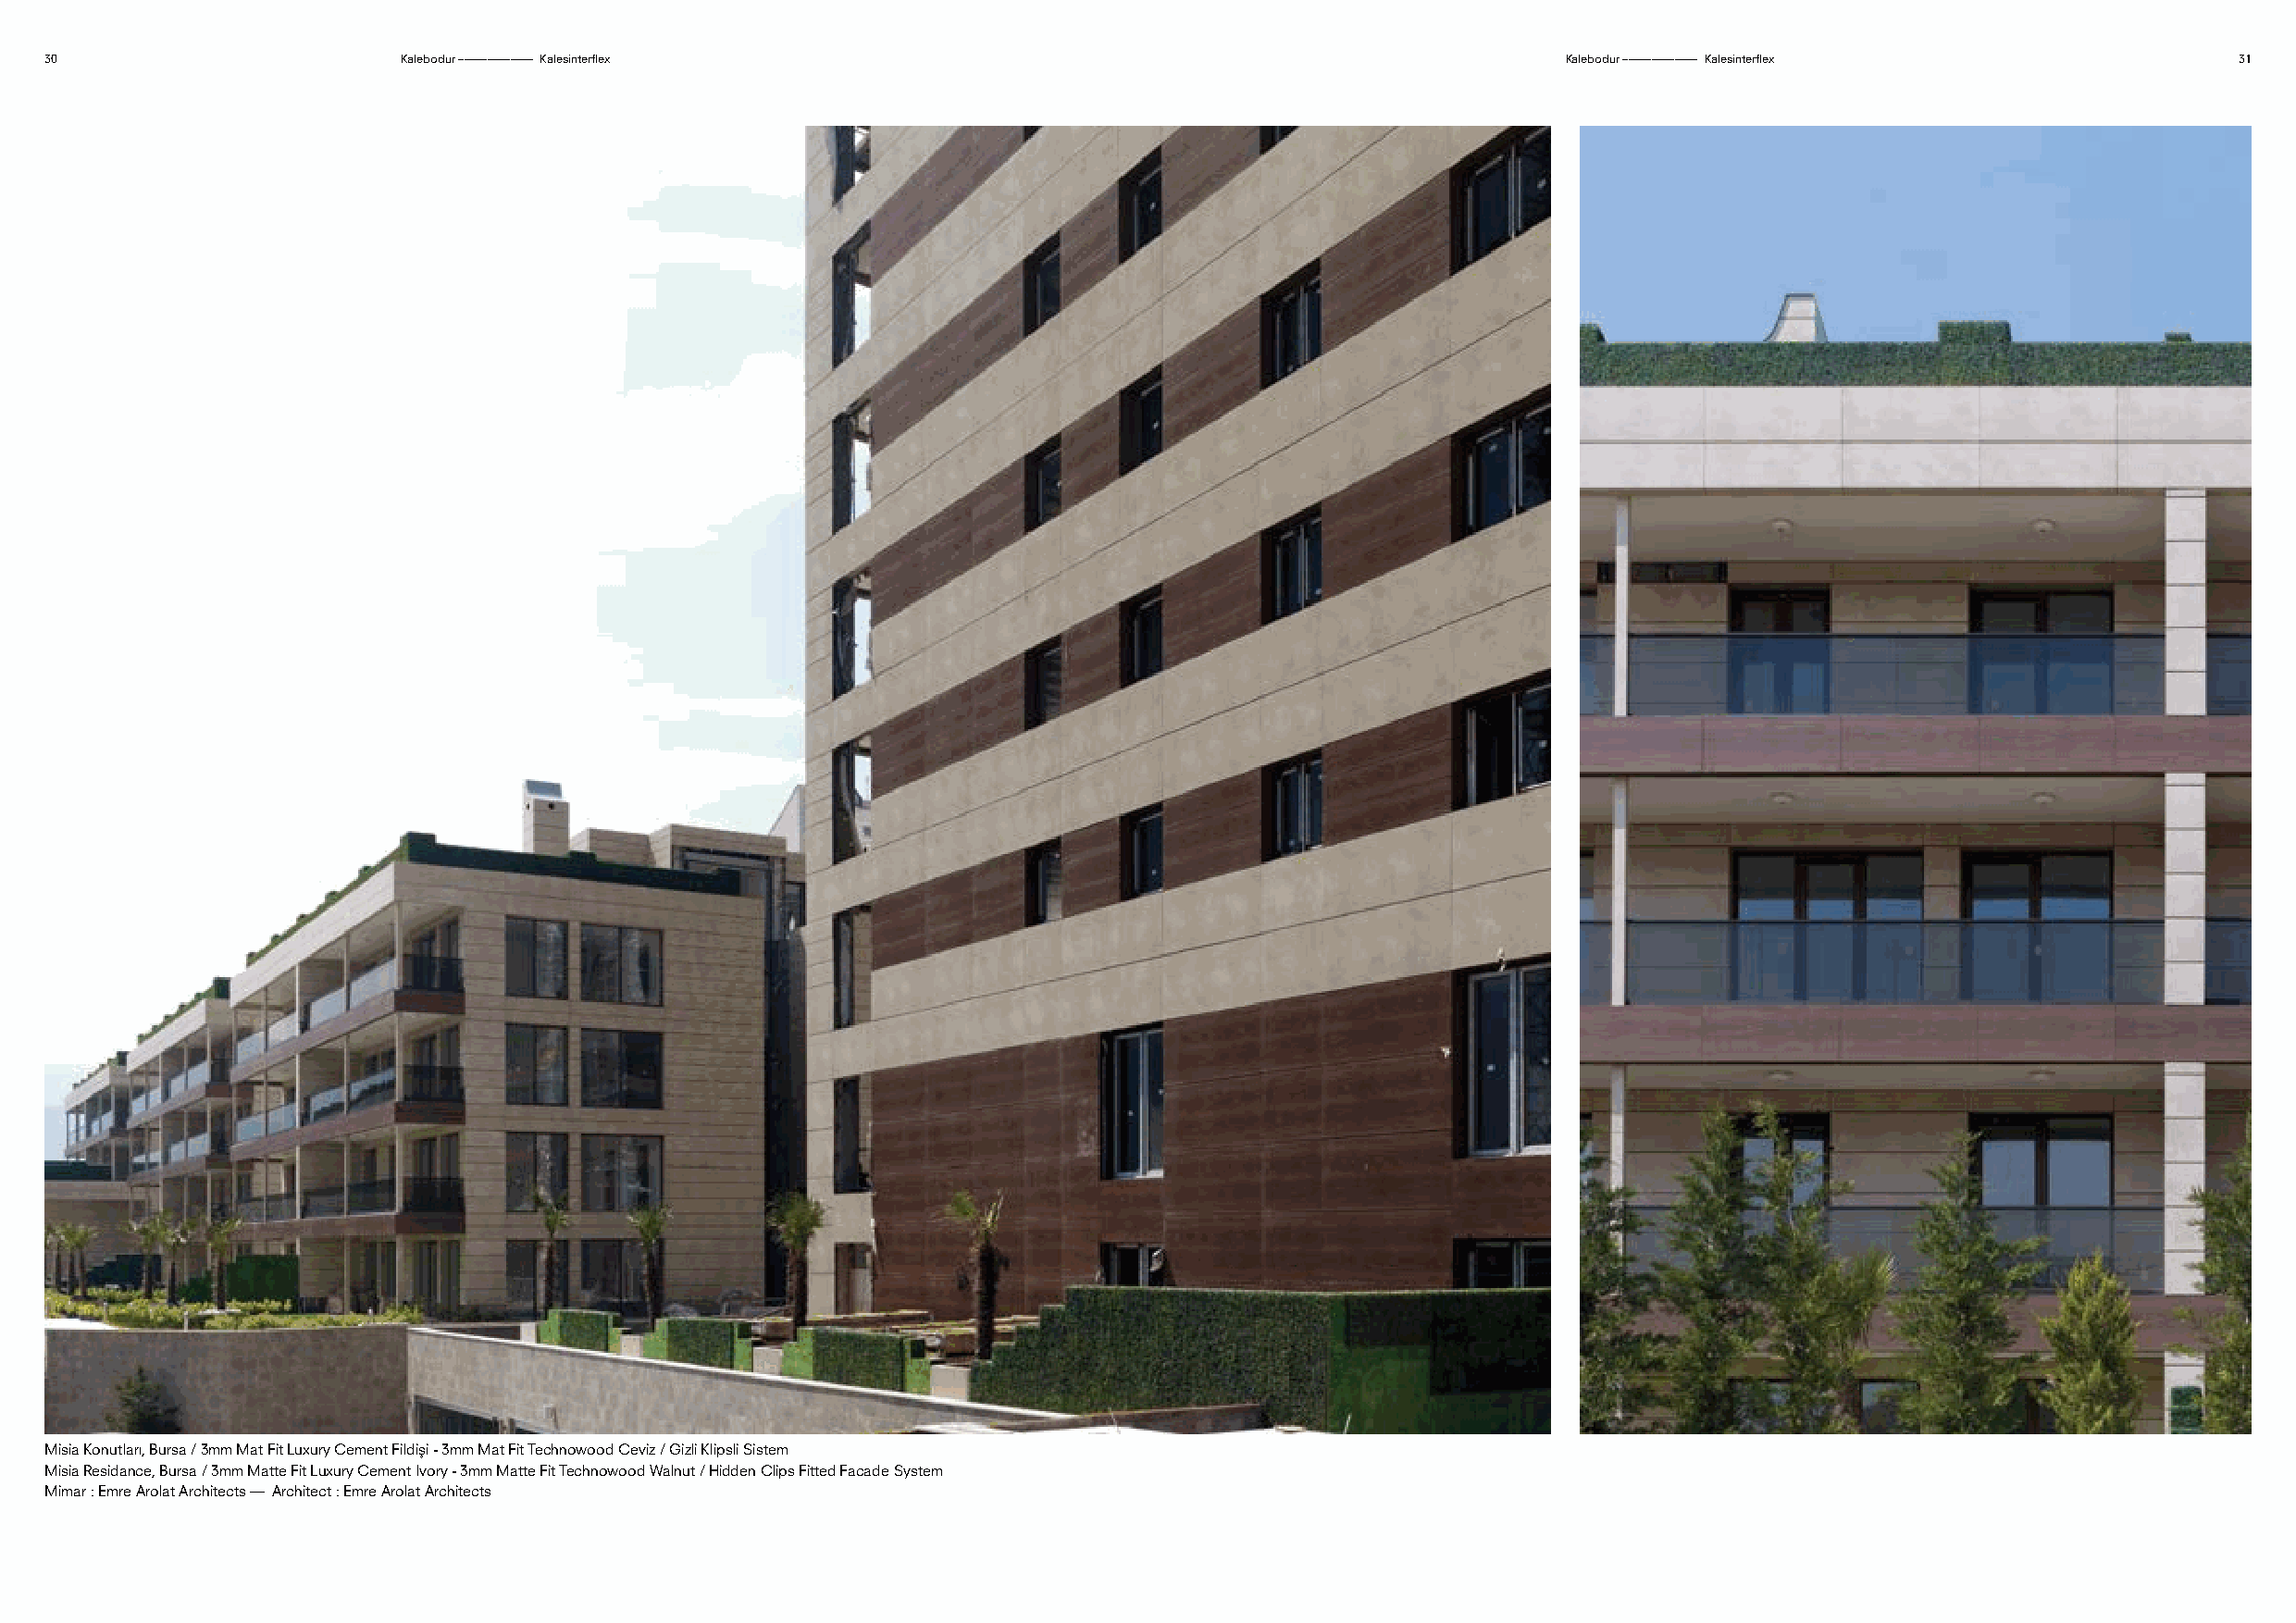
30                        Kalebodur ––––––––––––– Kalesinterflex                                             Kalebodur ––––––––––––– Kalesinterflex          31
 Misia Konutları, Bursa / 3mm Mat Fit Luxury Cement Fildişi - 3mm Mat Fit Technowood Ceviz / Gizli Klipsli Sistem
 Misia Residance, Bursa / 3mm Matte Fit Luxury Cement Ivory - 3mm Matte Fit Technowood Walnut / Hidden Clips Fitted Facade System
 Mimar : Emre Arolat Architects — Architect : Emre Arolat Architects